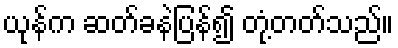
ယုန်က ဆတ်ခနဲပြန်၍ တုံ့တတ်သည်။